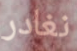
نغادر